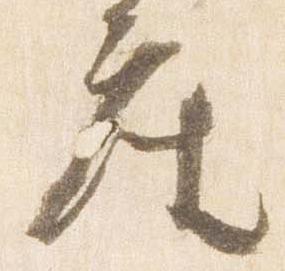
座